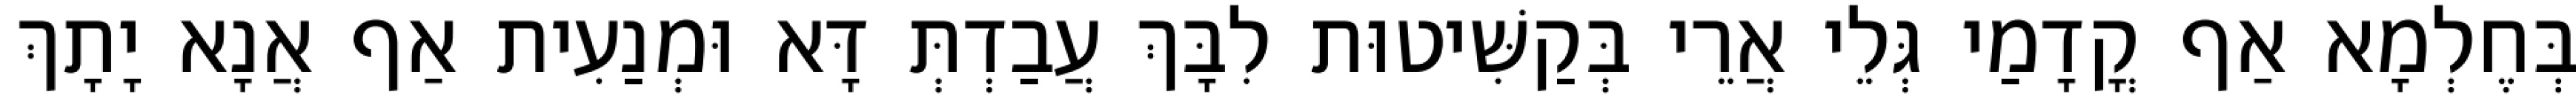
בְּחֶלְמָא אַף קֳדָמַי גְּלֵי אֲרֵי בְּקַשִּׁיטוּת לִבָּךְ עֲבַדְתְּ דָּא וּמְנַעִית אַף אֲנָא יָתָךְ